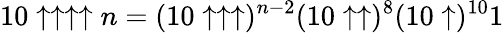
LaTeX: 10\uparrow\uparrow\uparrow\uparrow n=(10\uparrow\uparrow\uparrow)^{n-2}(10\uparrow\uparrow)^{8}(10\uparrow)^{10}1